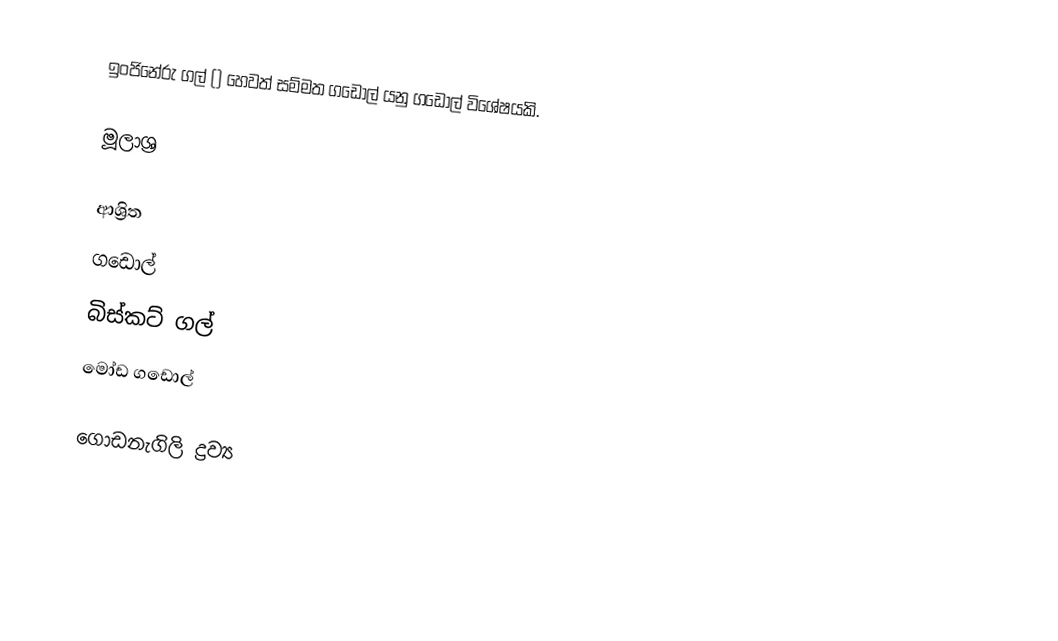
ඉංජිනේරු ගල් () හෙවත් සම්මත ගඩොල් යනු ගඩොල් විශේෂයකි.

මූලාශ්‍ර

ආශ්‍රිත
 ගඩොල්
 බිස්කට් ගල්
 මෝඩ ගඩොල්

ගොඩනැගිලි ද්‍රව්‍ය